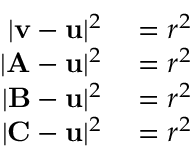
\begin{array} { r l } { | \mathbf { v } - \mathbf { u } | ^ { 2 } } & { { } = r ^ { 2 } } \\ { | \mathbf { A } - \mathbf { u } | ^ { 2 } } & { { } = r ^ { 2 } } \\ { | \mathbf { B } - \mathbf { u } | ^ { 2 } } & { { } = r ^ { 2 } } \\ { | \mathbf { C } - \mathbf { u } | ^ { 2 } } & { { } = r ^ { 2 } } \end{array}